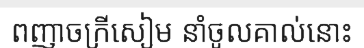
ពញាចក្រីសៀម នាំចូលគាល់នោះ